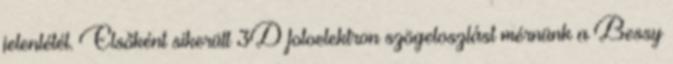
jelenlétét. Elsőként sikerült 3D fotoelektron szögeloszlást mérnünk a Bessy